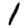
Digit: 1